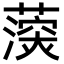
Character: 𮑰